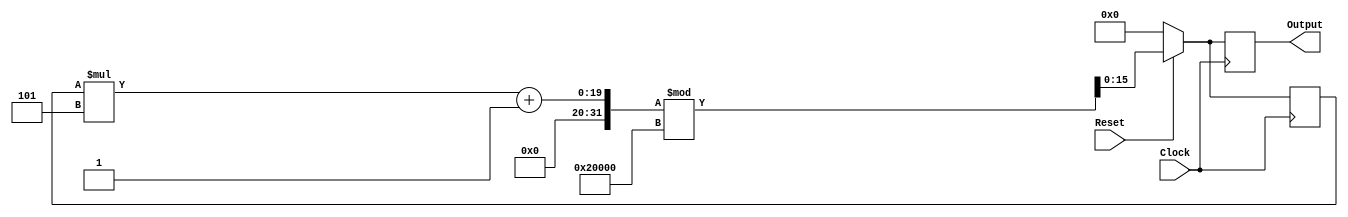
//  Pseudo-random number generator
module myrrPRNG(Clock, Reset, Output);
  input        Clock;
  input        Reset;
  output [15:0]Output;
  reg    [15:0]Output;
  reg    [15:0]NewState;

  always @ (posedge Clock)
   begin
    //  Reset must be assigned to a KEY, which is 0 when pressed.
    if (Reset == 1'b1)
     begin
      Output = (NewState * 5 + 1) % (2 << 16);
     end
    else
     begin
      Output = 16'b0000_0000_0000;
     end
    NewState = Output;
   end
endmodule